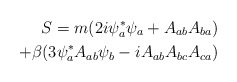
\begin{align*}S = m(2 i \psi^*_a \psi_a + A_{ab} A_{ba})\\ + \beta( 3 \psi^*_a A_{ab} \psi_b - i A_{ab}A_{bc}A_{ca} )\end{align*}